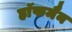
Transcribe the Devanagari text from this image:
हाॅफमैन